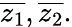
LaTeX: {\overline{{z_{1}}}},{\overline{{z_{2}}}}.